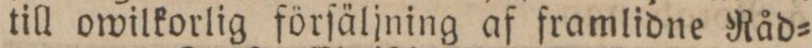
till owilkorlig förſäljning af framlidne Råd=